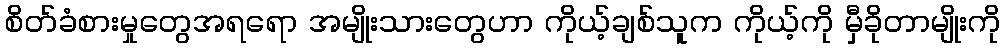
စိတ်ခံစားမှုတွေအရရော အမျိုးသားတွေဟာ ကိုယ့်ချစ်သူက ကိုယ့်ကို မှီခိုတာမျိုးကို